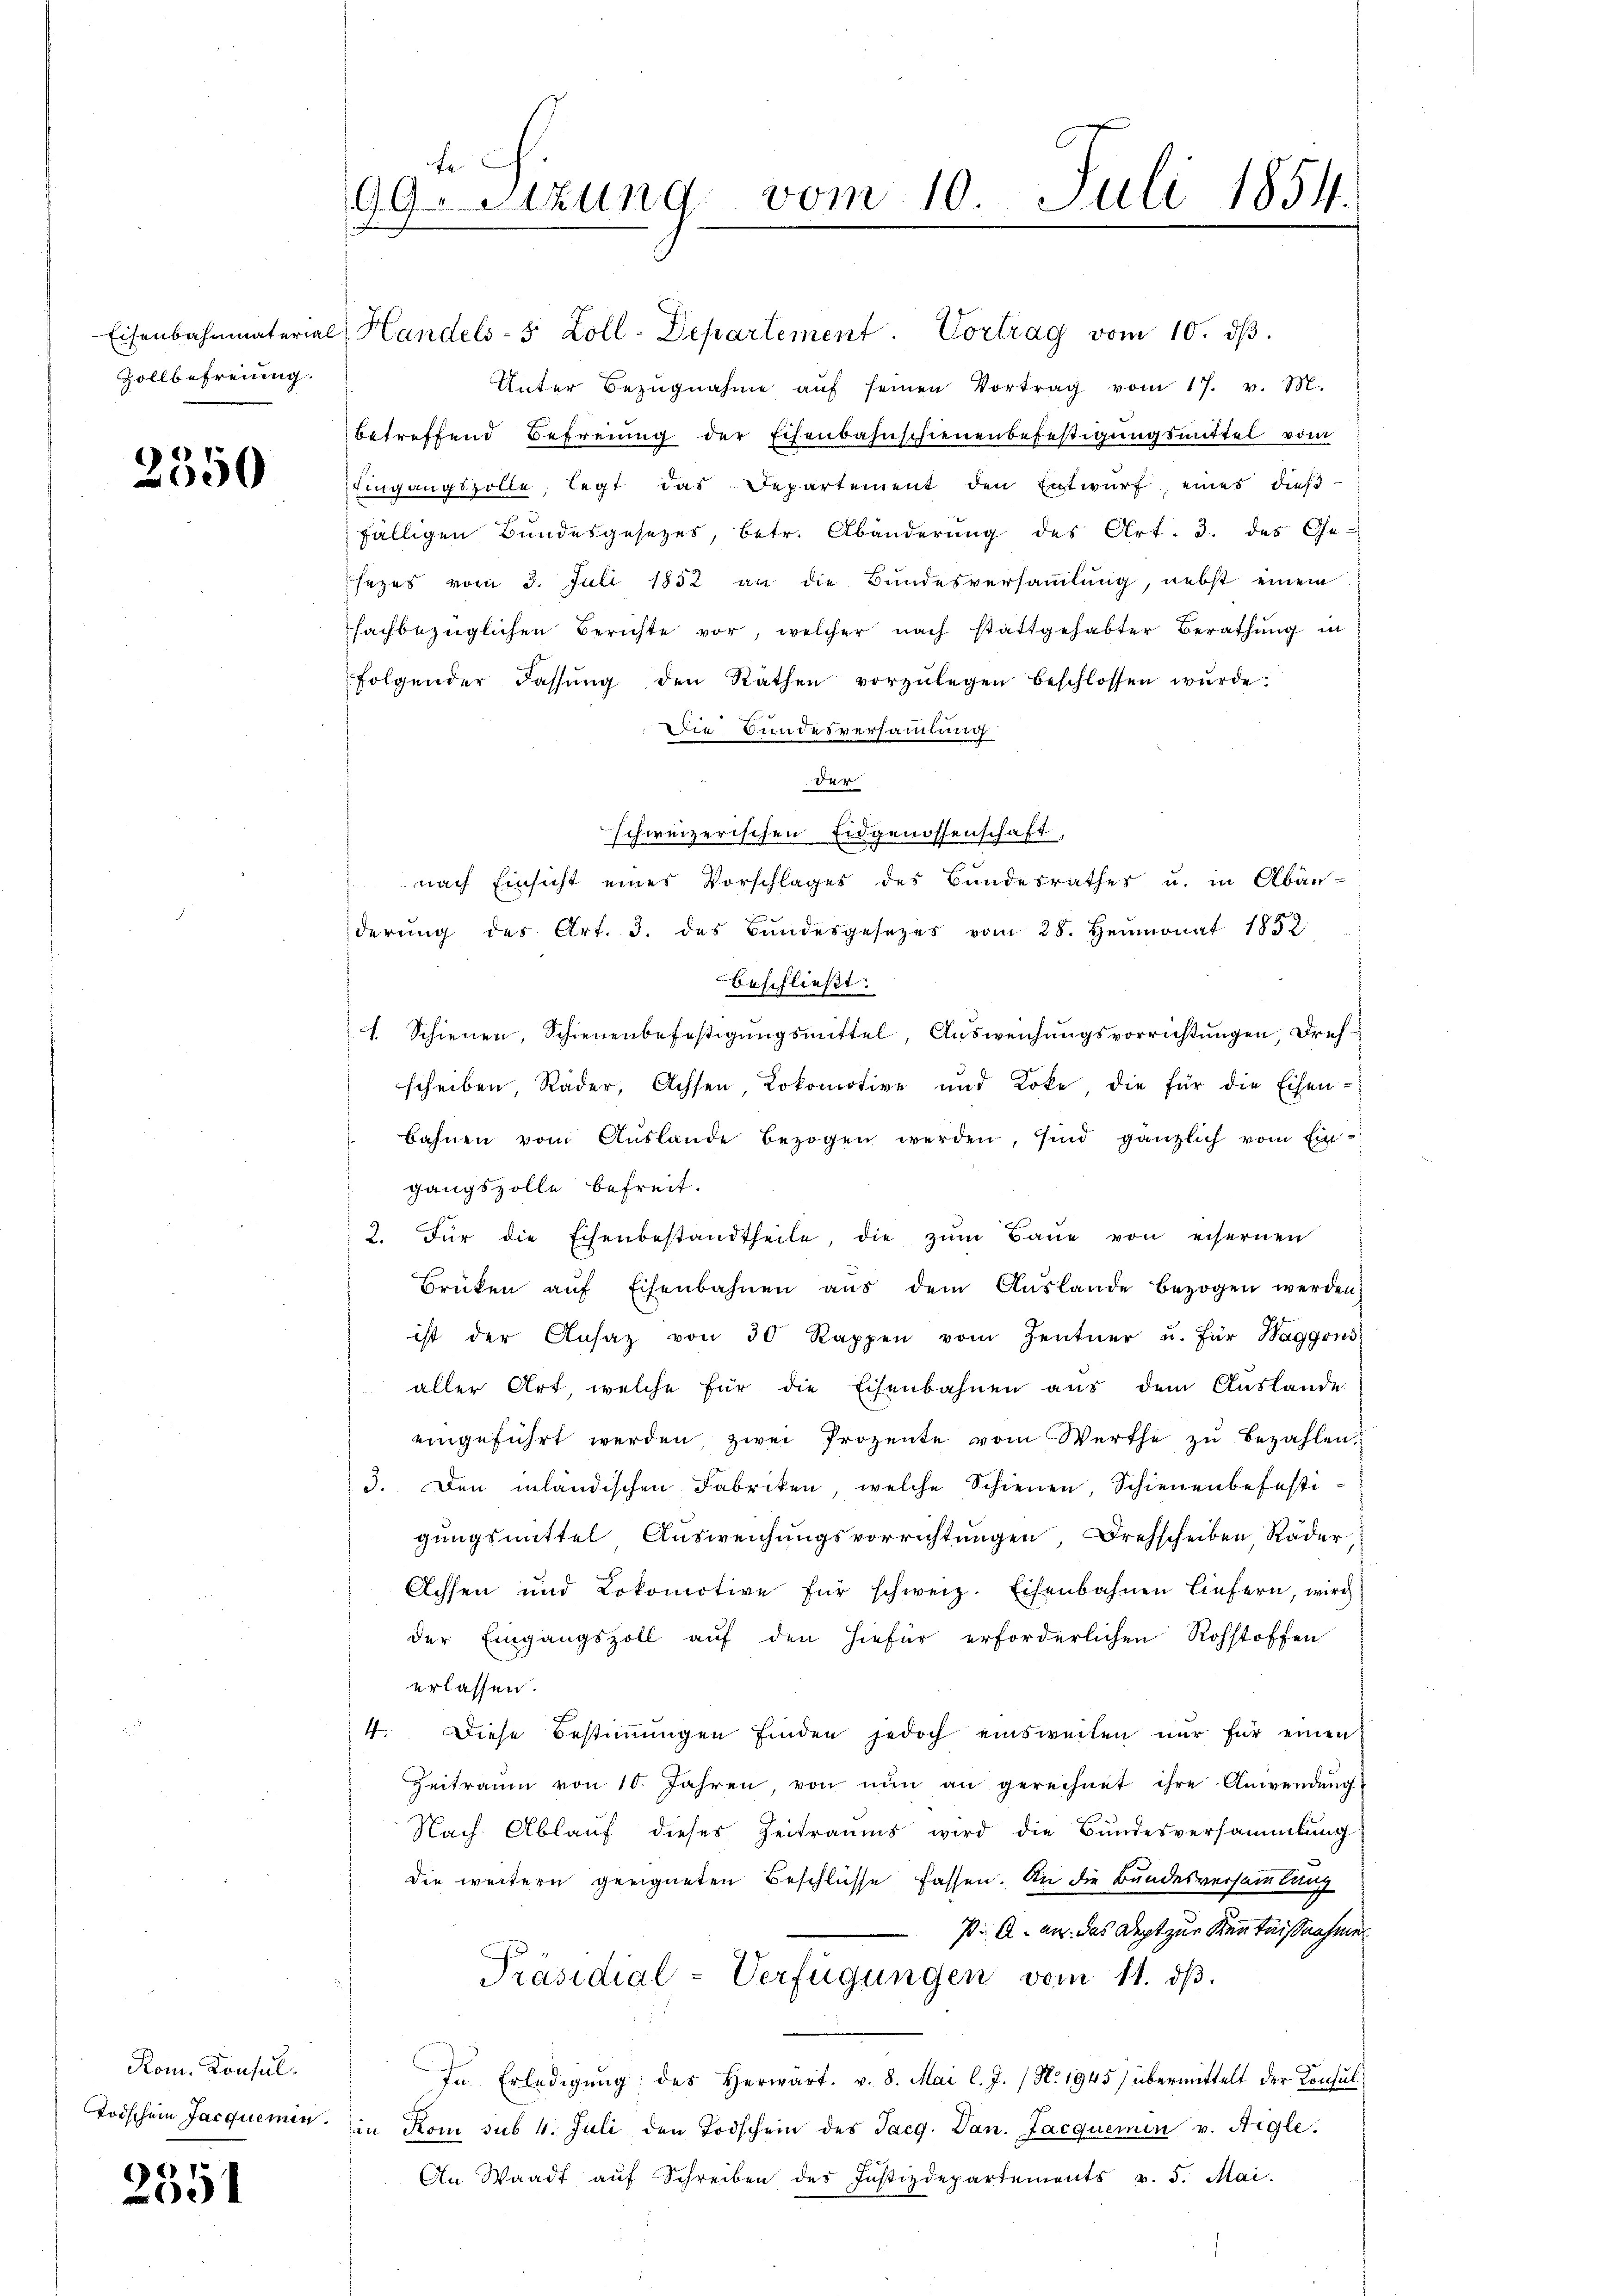
Eisenbahnmaterial
Zollbefreiung.

2350

Rom. Konsul.
Todschein Jacquemen

1
200

te.
99. Sitzung vom 10. Juli 1854.

Handels- 5 Zoll-Departement. Vortrag vom 10. dβ.
Unter Bezŭgnahme aŭf seinen Vortrag vom 17. v. M.
betreffend Befreiung der Eisenbahnschienenbefestigungsmittel vom
Eingangszolle, legt das Departement den Entwurf, eines dießfälligen Bundesgesetzes, betr. Abänderung des Art. 3. des Ge-
sezes vom 3. Juli 1852 an die Bundesversaṁlŭng, nebst einem
sachbezüglichen Berichte vor, welcher nach stattgehabter Berathung in
folgender Fassŭng den Räthen vorzŭlegen beschlossen wŭrde.
Die Bundesversammlung
der
schweizerischen Eidgenossenschaft,
nach Einsicht eines Vorschlages des Bundesrathes u. in Abänderŭng des Art. 3. des Bandesgesetzes vom 28. Heumonat 1852
beschließt:
1 Schienen, Schienenbefestigungsmittel, Ausweichungsvorrichtungen Drehscheiben, Räder, Achsen, Lokomotive und Koke, die für die Eisen-
bahnen vom Auslande bezogen werden, sind gänzlich vom Eingangszolle befreit.
2. Für die Eisenbestandtheile, die zŭm Baue von eisernen
Brüken aŭf Eisenbahnen aŭs dem Aŭslande bezogen werden,
ist der Ansaz von 30 Rappen vom Zentner u. für Waggoni
aller Art, welche für die Eisenbahnen aus dem Auslande
eingeführt werden, zwei Prozente vom Werthe zu bezahlen.
3. Den inländischen Fabriken, welche Schienen, Schienenbefestigungsmittel Ausweichungsvorrichtungen, Drehscheiben Räder
Achsen und Lokomotive für schweiz. Eisenbahnen liefern, wird
der Eingangszoll auf den hiefür erforderlichen Rohstoffen
erlassen.
4. Diese Bestiṁŭngen finden jedoch einsweilen nŭr für einen
Zeitraum von 10. Jahren von nŭn an gerechnet ihre Anwendung
Nach Ablauf dieses Zeitraums wird die Bundesversammlung
Die weitern geeigneten Beschlüsse fassen. An die Bundesversammlung
P. A. an das Dept zur Kenntnißnahme
Präsidial-Verfügungen vom 11. dβ.
In Erledigŭng des herwärt. v. 8. Mai l. J. / N. 1945 übermittelt der Konsŭl
in Rom sub 4. Juli den Todschein des Tacg. Dan. Jacquemen v. Aigle.
An Waadt aŭf Schreiben des Justizdepartements v. 5. Mai.